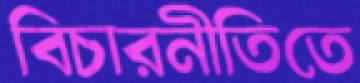
বিচারনীতিতে